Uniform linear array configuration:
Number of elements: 4
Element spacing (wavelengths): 0.25
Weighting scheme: exponential
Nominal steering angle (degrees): -15
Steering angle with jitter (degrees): -16.182
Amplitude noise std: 0.05
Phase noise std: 0.05

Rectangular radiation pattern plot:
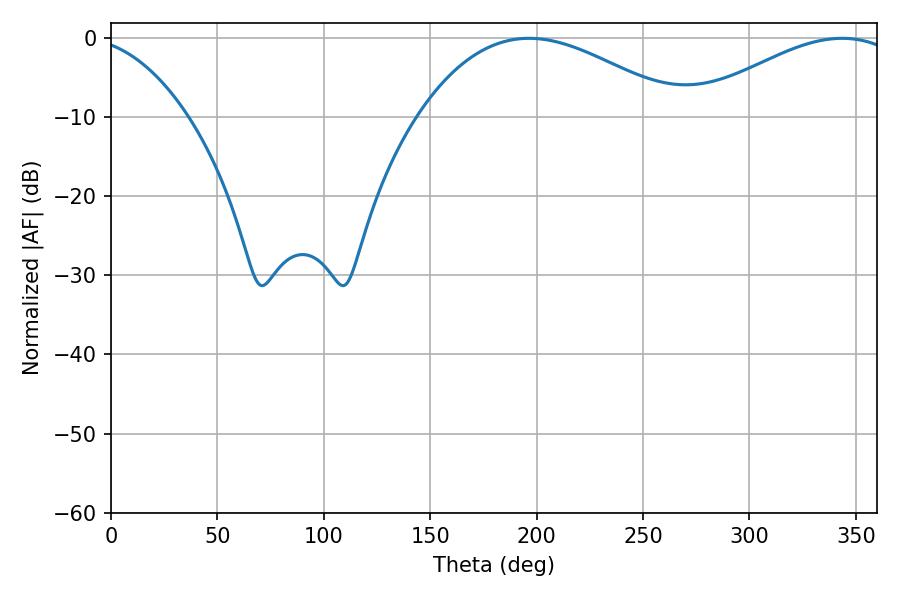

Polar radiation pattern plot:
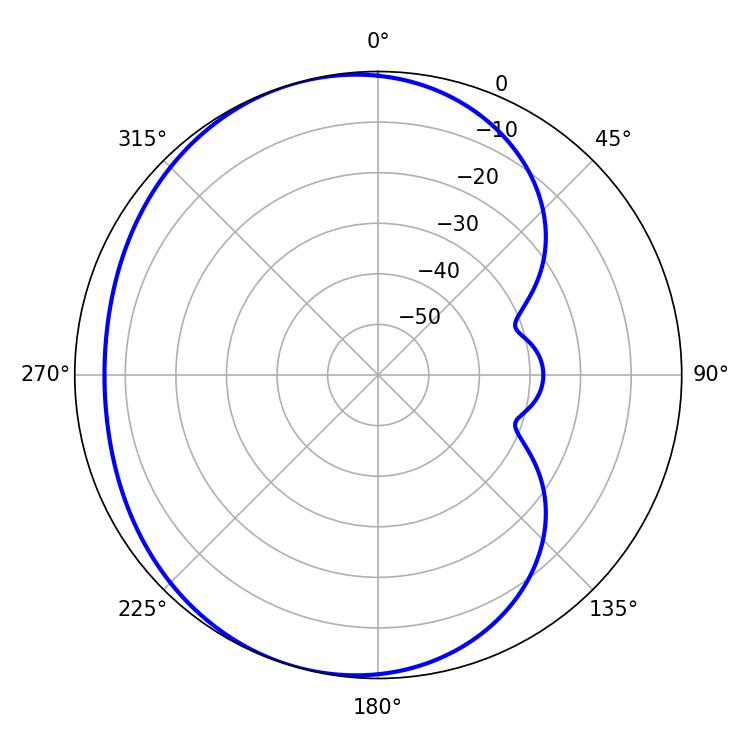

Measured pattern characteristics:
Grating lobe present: FALSE
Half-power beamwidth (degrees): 67.68
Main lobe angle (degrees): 196.38